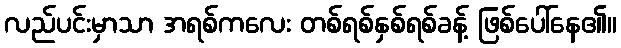
လည်ပင်းမှာသာ အရစ်ကလေး တစ်ရစ်နှစ်ရစ်ခန့် ဖြစ်ပေါ်နေ၏။